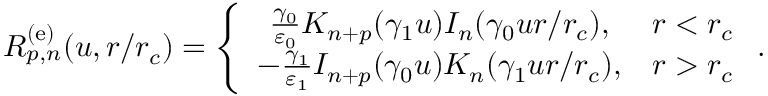
R _ { p , n } ^ { \mathrm { ( e ) } } ( u , r / r _ { c } ) = \left\{ \begin{array} { c c } { \frac { \gamma _ { 0 } } { \varepsilon _ { 0 } } K _ { n + p } ( \gamma _ { 1 } u ) I _ { n } ( \gamma _ { 0 } u r / r _ { c } ) , } & { r < r _ { c } } \\ { - \frac { \gamma _ { 1 } } { \varepsilon _ { 1 } } I _ { n + p } ( \gamma _ { 0 } u ) K _ { n } ( \gamma _ { 1 } u r / r _ { c } ) , } & { r > r _ { c } } \end{array} \right. .